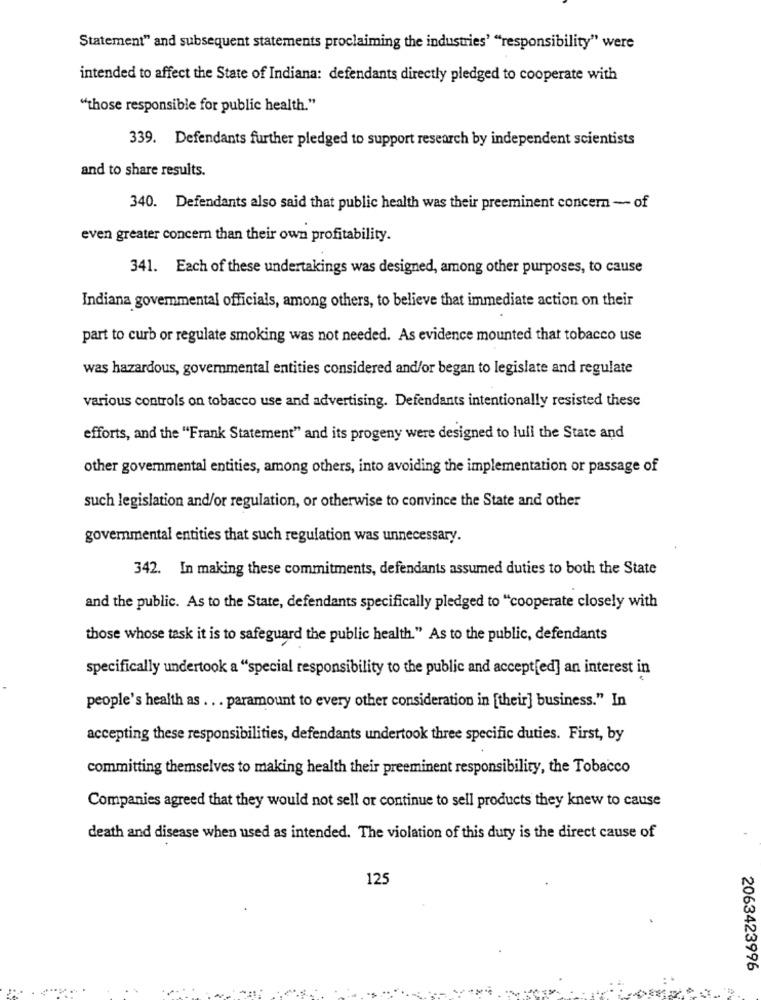
Statement" and subsequent statements proclaiming the industries' "responsibility" were
intended to affect the State of Indiana: defendants directly pledged to cooperate with
"those responsible for public health."
339. Defendants further pledged to support research by independent scientists
and to share results.
340. Defendants also said that public health was their preeminent concern - of
even greater concern than their own profitability.
341. Each of these undertakings was designed, among other purposes, to cause
Indiana governmental officials, among others, to believe that immediate action on their
part to curb or regulate smoking was not needed. As evidence mounted that tobacco use
was hazardous, govemmental entities considered and/or began to legislate and regulate
various controls on tobacco use and advertising. Defendants intentionally resisted these
efforts, and the "Frank Statement" and its progeny were designed to lull the State and
other governmental entities, among others, into avoiding the implementation or passage of
such legislation and/or regulation, or otherwise to convince the State and other
governmental entities that such regulation was unnecessary.
342. In making these commitments, defendants assumed duties to both the State
and the public. As to the State, defendants specifically pledged to "cooperate closely with
those whose task it is to safeguard the public health." As to the public, defendants
specifically undertook a "special responsibility to the public and accept[ed] an interest in
people's health as . . . paramount to every other consideration in [their] business." In
accepting these responsibilities, defendants undertook three specific duties. First, by
committing themselves to making health their preeminent responsibility, the Tobacco
Companies agreed that they would not sell or continue to sell products they knew to cause
death and disease when used as intended. The violation of this duty is the direct cause of
125
2063423996
. .